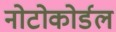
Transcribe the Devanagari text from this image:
नोटोकोर्डल